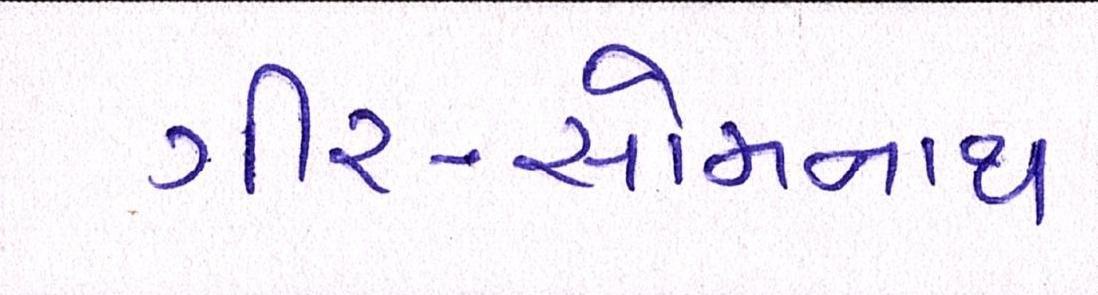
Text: ગીર-સોમનાથ